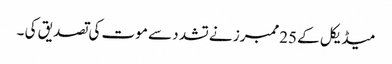
میڈیکل کے 25ممبرز نے تشد د سے موت کی تصدیق کی ۔